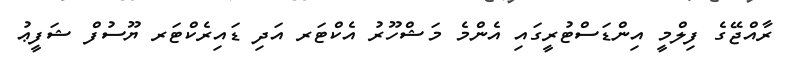
ރާއްޖޭގެ ފިލްމީ އިންޑަސްޓުރީގައި އެންމެ މަޝްހޫރު އެކްޓަރ އަދި ޑައިރެކްޓަރ ޔޫސުފް ޝަފީޢު